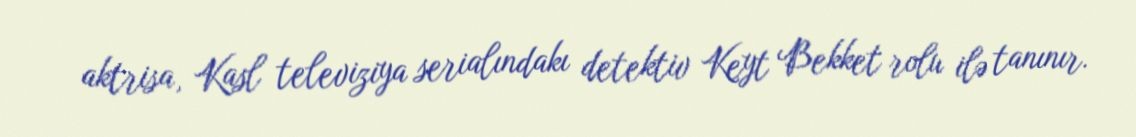
aktrisa, Kasl televiziya serialındakı detektiv Keyt Bekket rolu ilə tanınır.